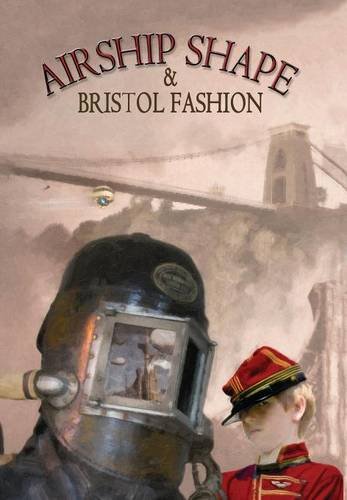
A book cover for Airship Shape & Bristol Fashion; Jonathan L. Howard; Science Fiction & Fantasy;